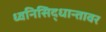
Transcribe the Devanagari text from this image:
ध्वनिसिद्धान्तावर